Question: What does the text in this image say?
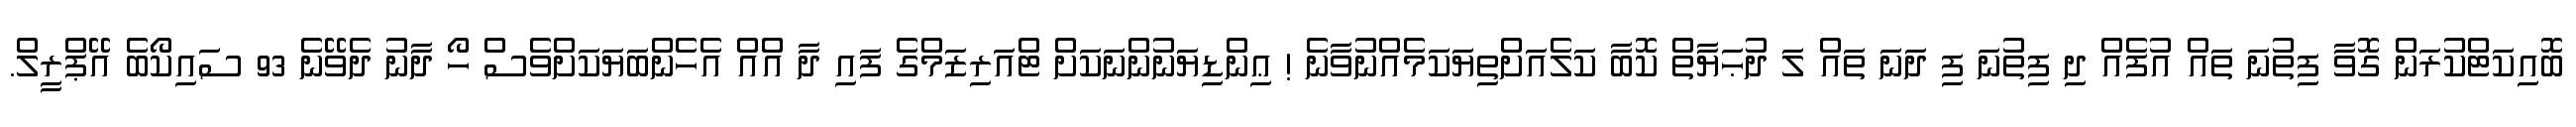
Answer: ބޮއިކަޓްކުރަން ގޮވާ ފިތުނަ ތައް އުފެއް ދި ފިތުނަ ފި ދަނަ ތައް ލަ ދުޙަޔާތް ކޮބާ ކަލެއަށްތިޔަކަމެއްނުވާނެ ! ޢިންޑިޔަނުންނަކަށް ޓްއަރިޒަމްގެ ފައި ދާ އެްއް އެހެންބަޔަކަށްވެސް ހޯ ދާނު ދެވޭނެ 93 ސައިކޯބެ އޭޕްރީލް.